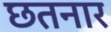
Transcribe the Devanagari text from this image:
छतनार